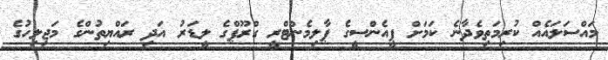
މައްސަލައެއް ކުރިމަތިވެދާނެ ކަމަށް ޕީއެންސީގެ ޕާލިމެންޓްރީ ގްރޫޕްގެ ލީޑަރު އަދި ރައްޔިތުންގެ މަޖިލިހުގެ